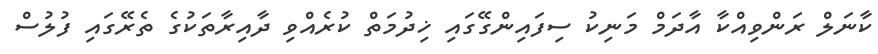
ކާނަލް ރަންވިއްކާ އާދަމް މަނިކު ސިފައިންގޭގައި ޚިދުމަތް ކުރެއްވި ދާއިރާތަކުގެ ތެރޭގައި ފުލުސް